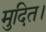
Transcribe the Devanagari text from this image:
मुदित।